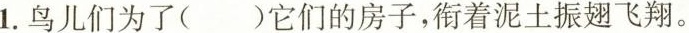
1.鸟儿们为了()它们的房子，衔着泥土振翅飞翔。